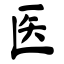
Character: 医